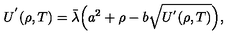
U ^ { ' } ( \rho , T ) = \bar { \lambda } \Bigl ( a ^ { 2 } + \rho - b \sqrt { U ^ { ' } ( \rho , T ) } \Bigr ) ,